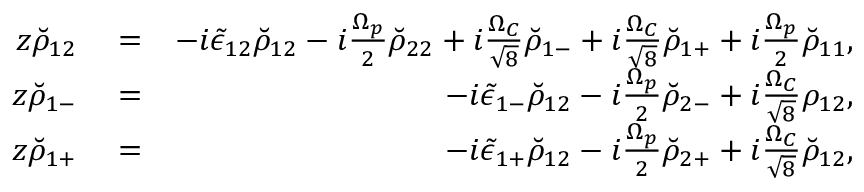
\begin{array} { r l r } { z \breve { \rho } _ { 1 2 } } & { { } = } & { - i \tilde { \epsilon } _ { 1 2 } \breve { \rho } _ { 1 2 } - i \frac { \Omega _ { p } } { 2 } \breve { \rho } _ { 2 2 } + i \frac { \Omega _ { C } } { \sqrt { 8 } } \breve { \rho } _ { 1 - } + i \frac { \Omega _ { C } } { \sqrt { 8 } } \breve { \rho } _ { 1 + } + i \frac { \Omega _ { p } } { 2 } \breve { \rho } _ { 1 1 } , } \\ { z \breve { \rho } _ { 1 - } } & { { } = } & { - i \tilde { \epsilon } _ { 1 - } \breve { \rho } _ { 1 2 } - i \frac { \Omega _ { p } } { 2 } \breve { \rho } _ { 2 - } + i \frac { \Omega _ { C } } { \sqrt { 8 } } \rho _ { 1 2 } , } \\ { z \breve { \rho } _ { 1 + } } & { { } = } & { - i \tilde { \epsilon } _ { 1 + } \breve { \rho } _ { 1 2 } - i \frac { \Omega _ { p } } { 2 } \breve { \rho } _ { 2 + } + i \frac { \Omega _ { C } } { \sqrt { 8 } } \breve { \rho } _ { 1 2 } , } \end{array}